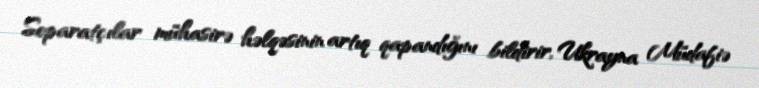
Separatçılar mühasirə həlqəsinin artıq qapandığını bildirir, Ukrayna Müdafiə